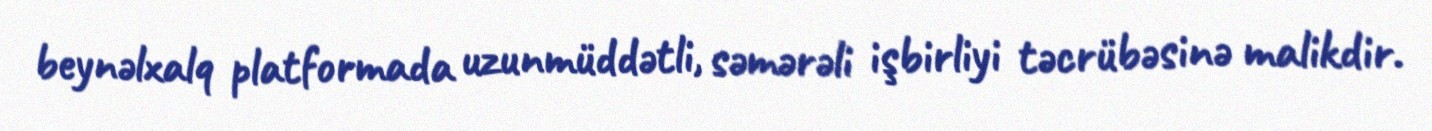
beynəlxalq platformada uzunmüddətli, səmərəli işbirliyi təcrübəsinə malikdir.